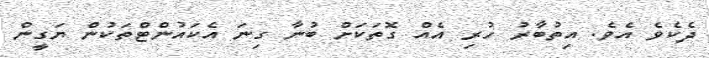
ދެކެވެ އެވެ. އިތުބާރު ހުރި އެއް ގޮތަކަށް ބުނާ ގިނަ އެކައުންޓްތަކުން ޔަގީން